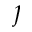
\jmath